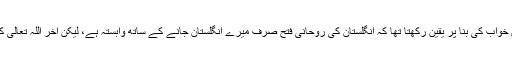
اور اس خوف کی وجہ یہ تھی کہ میں اس خواب کی بنا پر یقین رکھتا تھا کہ انگلستان کی روحانی فتح صرف میرے انگلستان جانے کے ساتھ وابستہ ہے، لیکن آخر اللہ تعالیٰ کے فضل سے میں انگلستان پہنچ گیا ہوں ۔